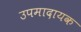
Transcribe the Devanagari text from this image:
उपमादायक